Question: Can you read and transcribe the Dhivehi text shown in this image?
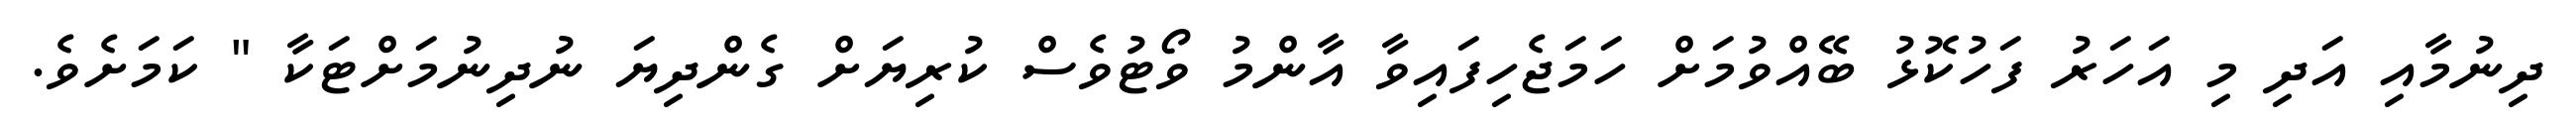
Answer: ދިނުމާއި އަދި މި އަހަރު ފަހުކޮޅު ބޭއްވުމަށް ހަމަޖެހިފައިވާ އާންމު ވޯޓުވެސް ކުރިޔަށް ގެންދިޔަ ނުދިނުމަށްޓަކާ " ކަމަށެވެ.